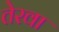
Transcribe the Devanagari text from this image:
तेरवा